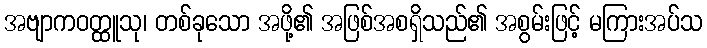
အဗျာကဝတ္ထူသု၊ တစ်ခုသော အဖို့၏ အဖြစ်အစရှိသည်၏ အစွမ်းဖြင့် မကြားအပ်သ